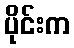
ပိုင်းက